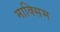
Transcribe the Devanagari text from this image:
माक्सिम